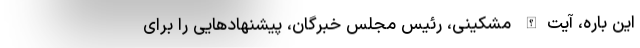
این باره، آیت‌الله مشکینی، رئیس مجلس خبرگان، پیشنهاد‌هایی را برای